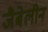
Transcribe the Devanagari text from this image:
जैबेलीन